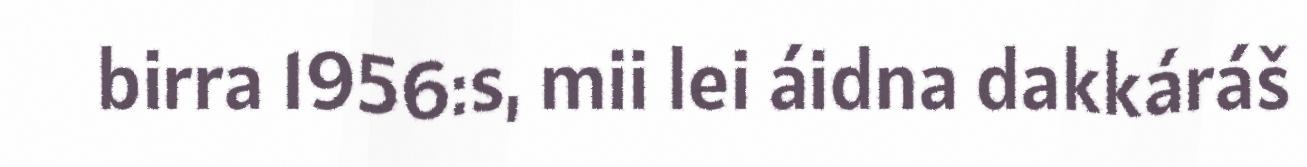
birra 1956:s, mii lei áidna dakkáráš